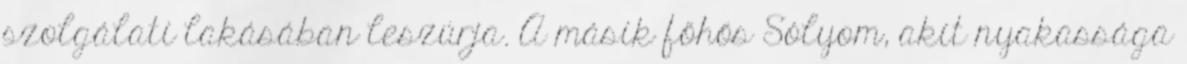
szolgálati lakásában leszúrja. A másik főhős Sólyom, akit nyakassága